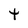
Character: t